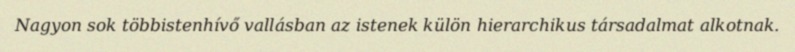
Nagyon sok többistenhívő vallásban az istenek külön hierarchikus társadalmat alkotnak.